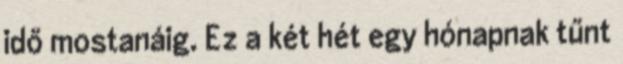
idő mostanáig. Ez a két hét egy hónapnak tűnt